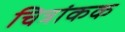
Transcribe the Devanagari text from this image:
चित्रांकक